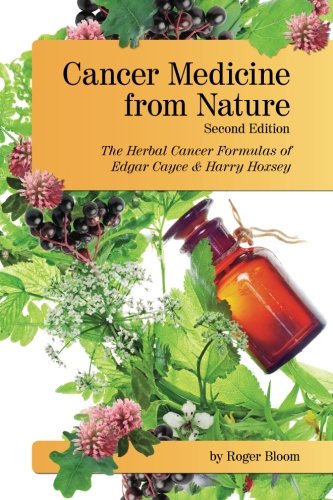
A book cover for Cancer Medicine from Nature   (Second Edition): The Herbal Cancer Formulas of Edgar Cayce and Harry Hoxsey; Roger Bloom; Health, Fitness & Dieting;